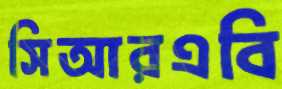
সিআরএবি